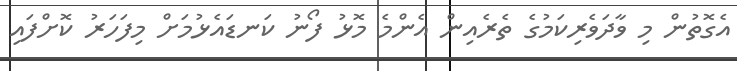
އެގޮތުން މި ވާދަވެރިކަމުގެ ތެރެއިން އެންމެ މޮޅު ފޯނު ކަނޑައެޅުމަށް މިފަހަރު ކޮށްފައި